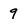
Character: 9